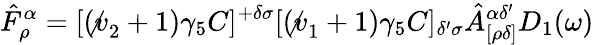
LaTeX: \hat{F}_{\rho}^{\alpha}=[(\not v_{2}+1)\gamma_{5}C]^{+\delta\sigma}[(\not v_{1}+1)\gamma_{5}C]_{\delta^{\prime}\sigma}\hat{A}_{[\rho\delta]}^{\alpha\delta^{\prime}}D_{1}(\omega)